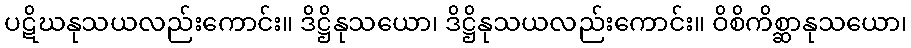
ပဋိဃနုသယလည်းကောင်း။ ဒိဋ္ဌိနုသယော၊ ဒိဋ္ဌိနုသယလည်းကောင်း။ ဝိစိကိစ္ဆာနုသယော၊